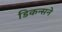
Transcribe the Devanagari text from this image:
डिकन्सने